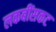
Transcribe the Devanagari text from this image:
लकबींसकट